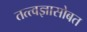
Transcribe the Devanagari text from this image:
तत्त्वज्ञासोबत